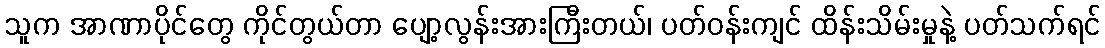
သူက အာဏာပိုင်တွေ ကိုင်တွယ်တာ ပျော့လွန်းအားကြီးတယ်၊ ပတ်ဝန်းကျင် ထိန်းသိမ်းမှုနဲ့ ပတ်သက်ရင်